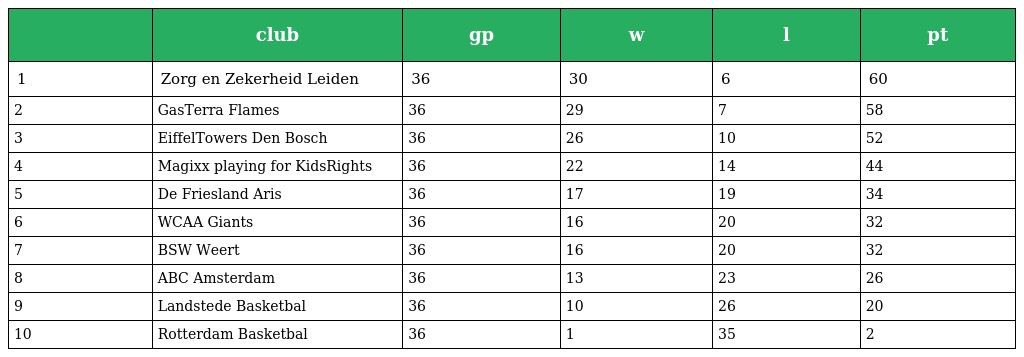
|  | club | gp | w | l | pt |
 | --- | --- | --- | --- | --- | --- |
 | 1 | Zorg en Zekerheid Leiden | 36 | 30 | 6 | 60 |
 | 2 | GasTerra Flames | 36 | 29 | 7 | 58 |
 | 3 | EiffelTowers Den Bosch | 36 | 26 | 10 | 52 |
 | 4 | Magixx playing for KidsRights | 36 | 22 | 14 | 44 |
 | 5 | De Friesland Aris | 36 | 17 | 19 | 34 |
 | 6 | WCAA Giants | 36 | 16 | 20 | 32 |
 | 7 | BSW Weert | 36 | 16 | 20 | 32 |
 | 8 | ABC Amsterdam | 36 | 13 | 23 | 26 |
 | 9 | Landstede Basketbal | 36 | 10 | 26 | 20 |
 | 10 | Rotterdam Basketbal | 36 | 1 | 35 | 2 |